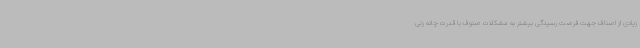
زیادی از اصناف جهت فرصت رسیدگی بیشتر به مشکلات صنوف با قدرت چانه زنی